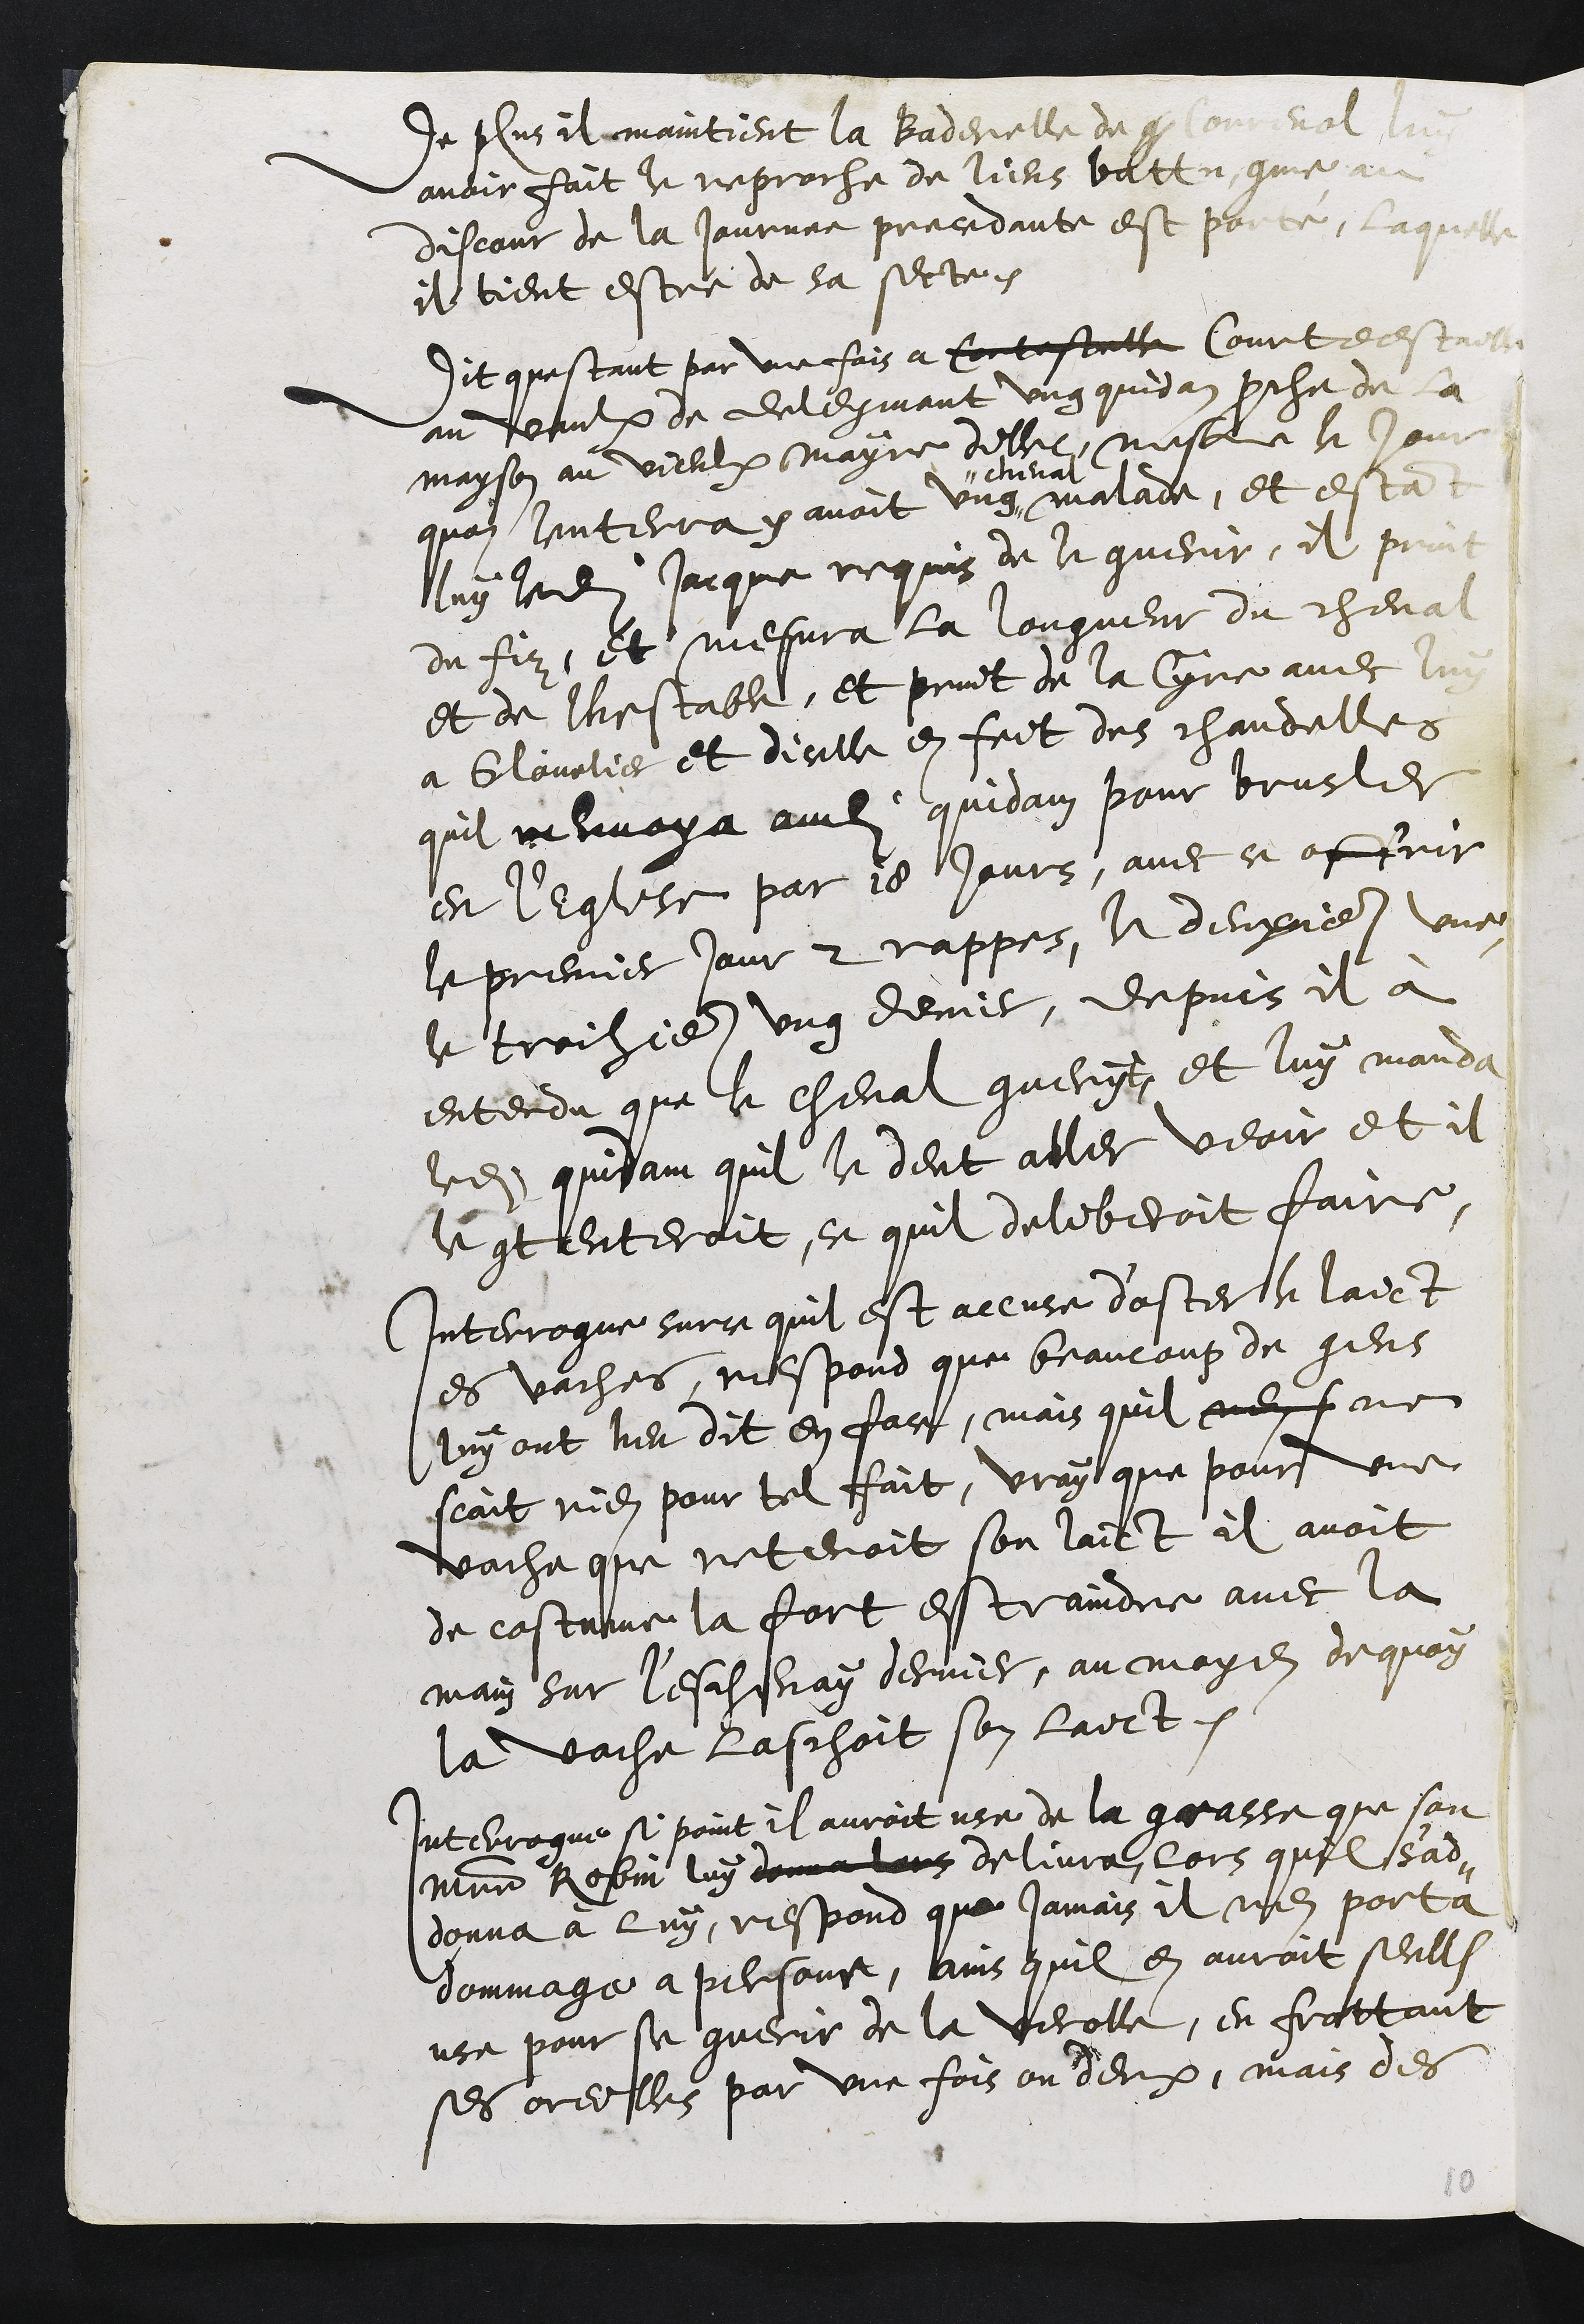
De plus il maintient la Baderelle de q Correnol luy
avoir fait le reproche de liens battu, comme au
discour de la journee precedante est porté, laquelle
il tient estre de sa secte.
Dit questant par une fois a Cortestelle Courtdestaelle
au vaulx de deleymont ung quidam proche de la
mayson au vieulx mayre dillec, mesme le Jour
quon lenterra y avoit ung
" cheval
malade, et estant
luy ledit Jacque requis de le guerir, il print
du fiz, et mesura la longueur du cheval
et de lhestable, et print de la Cyre avec luy
a Glovelier et dicelle en feit des chandelles
quil renvoya audit quidam pour brusler
en l'Eglise par 18 jours, avec ce offrir
le premier jour 2 rappes, le deuxieme une
le troizieme ung demis, depuis il à
entendu que le cheval gueryt et luy manda
ledit quidam quil le deut aller veoir et il
le contenteroit, ce quil deliberoit faire,
Interrogue surce quil est accuse d'oster le laict
es vaches, respond que beaucoup de gens
luy ont heu dit en face, mais quil nen f ne
scait rien pour tel fait, vray que pour une
vache que retenoit son laict il avoit
de costume la fort estraindre avec la
main sur l'eschenay dernier, au moyen de quoy
la vache laschoit son laict.
Interrogue si point il auroit use de la grasse que son
maistre Robin luy donna lors delivra lors quil s'ad¬
donna à luy, respond que jamais il nen porta
dommage a personne, ains quil en auroit seull
use pour se guerir de la verolle, en frottant
ses oreilles par une fois ou deux, mais des
10